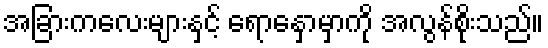
အခြားကလေးများနှင့် ရောနှောမှာကို အလွန်စိုးသည်။